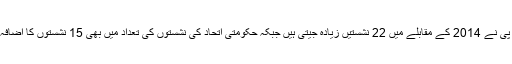
بی جے پی نے 2014 کے مقابلے میں 22 نشستیں زیادہ جیتی ہیں جبکہ حکومتی اتحاد کی نشستوں کی تعداد میں بھی 15 نشستوں کا اضافہ ہوا ہے۔